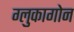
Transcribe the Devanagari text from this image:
ग्लुकागोन